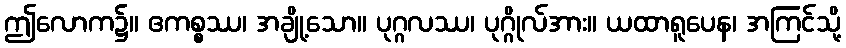
ဤလောက၌။ ဧကစ္စဿ၊ အချို့သော။ ပုဂ္ဂလဿ၊ ပုဂ္ဂိုလ်အား။ ယထာရူပေန၊ အကြင်သို့